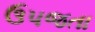
ઉપજતા